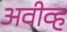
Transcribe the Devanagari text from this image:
अवीव्ह